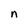
Character: n